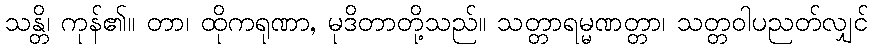
သန္တိ၊ ကုန်၏။ တာ၊ ထိုကရုဏာ, မုဒိတာတို့သည်။ သတ္တာရမ္မဏတ္တာ၊ သတ္တဝါပညတ်လျှင်